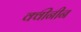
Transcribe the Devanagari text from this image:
क्वीनीन